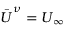
\bar { \boldsymbol { U } } ^ { \nu } = \boldsymbol { U } _ { \infty }